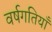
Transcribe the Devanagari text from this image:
वर्षगतियाँ